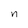
Character: n